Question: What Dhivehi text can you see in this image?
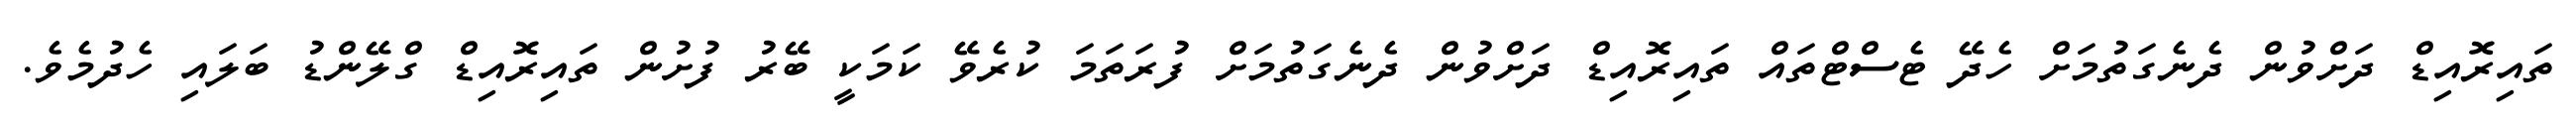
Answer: ތައިރޮއިޑް ދަށްވުން ދެނެގަތުމަށް ހެދޭ ޓެސްޓްތައް ތައިރޮއިޑް ދަށްވުން ދެނެގަތުމަށް ފުރަތަމަ ކުރެވޭ ކަމަކީ ބޭރު ފުށުން ތައިރޮއިޑް ގްލޭންޑު ބަލައި ހެދުމެވެ.